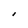
Character: I